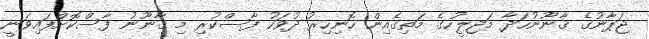
ޖަޕާނުގެ ޤާނޫނުހަދާ މަޖިލީހުގެ މަތިގެއިން ހޮނިހިރު ދުވަހު ފާސްކުރި މި ޤާނޫނު ފާސްކޮށްފައިވަނީ